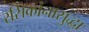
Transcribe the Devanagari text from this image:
रसिकांनासुद्धा